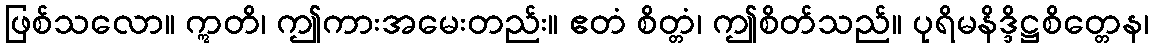
ဖြစ်သလော။ ဣတိ၊ ဤကားအမေးတည်း။ ဧတံ စိတ္တံ၊ ဤစိတ်သည်။ ပုရိမနိဒ္ဒိဋ္ဌစိတ္တေန၊